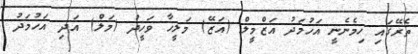
ތެރޭގައި ހިމެނެނީ އަހުމަދު އަޒްމީލް (އަޒޭ) މަލީހާ ވަހީދު (މަލް) އަދި އަހުމަދު